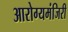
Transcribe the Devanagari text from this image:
आरोग्यमंजिरी